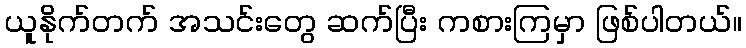
ယူနိုက်တက် အသင်းတွေ ဆက်ပြီး ကစားကြမှာ ဖြစ်ပါတယ်။